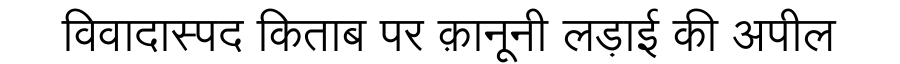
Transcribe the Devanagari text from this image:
विवादास्पद किताब पर क़ानूनी लड़ाई की अपील